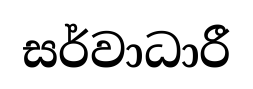
සර්වාධාරී